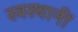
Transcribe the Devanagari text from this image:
स्वस्थानीं